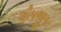
લીપજીગર